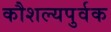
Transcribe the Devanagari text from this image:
कौशल्यपुर्वक